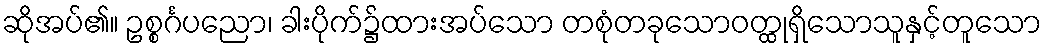
ဆိုအပ်၏။ ဥစ္စင်္ဂပညော၊ ခါးပိုက်၌ထားအပ်သော တစုံတခုသောဝတ္ထုရှိသောသူနှင့်တူသော